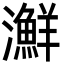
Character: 㶍